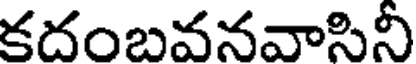
కదంబవనవాసినీ